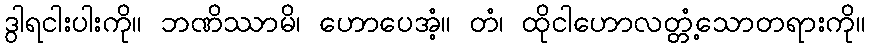
ဒွါရငါးပါးကို။ ဘဏိဿာမိ၊ ဟောပေအံ့။ တံ၊ ထိုငါဟောလတ္တံ့သောတရားကို။